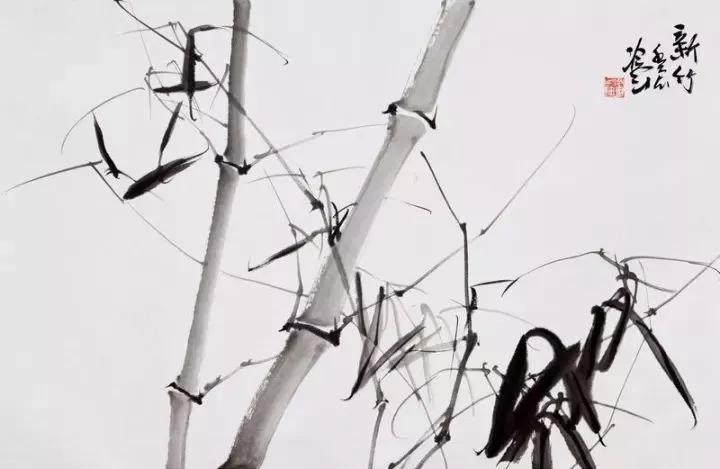
晚来风起花如雪，飞入宫墙不见人。